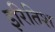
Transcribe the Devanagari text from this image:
इरितिश